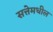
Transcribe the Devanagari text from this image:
सत्तेमधील